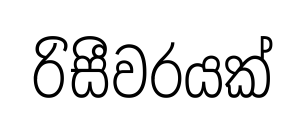
රිසීවරයක්